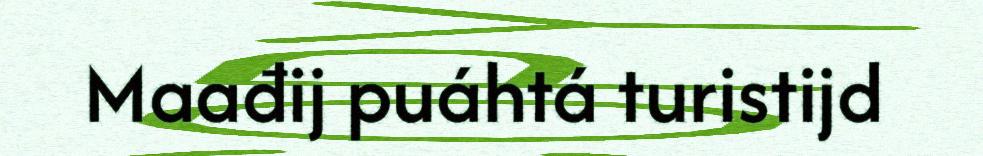
Maađij puáhtá turistijd